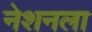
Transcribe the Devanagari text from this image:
नेशनला